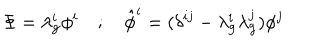
LaTeX: \Phi = \lambda _ { \bf g } ^ { i } \phi ^ { i } ; \hat { \phi } ^ { i } = ( \delta ^ { i j } - \lambda _ { \bf g } ^ { i } \lambda _ { \bf g } ^ { j } ) \phi ^ { j }